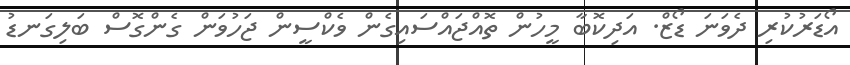
އޯޑަރުކުރި ދެވަަނަ ޑޯޒް. އަދިކޮބާ މީހުން ތޮއްޖައްސައިގެން ވެކްސީން ޖަހުވަން ގެންގޮސް ބަލިގަނޑު